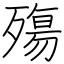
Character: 殤